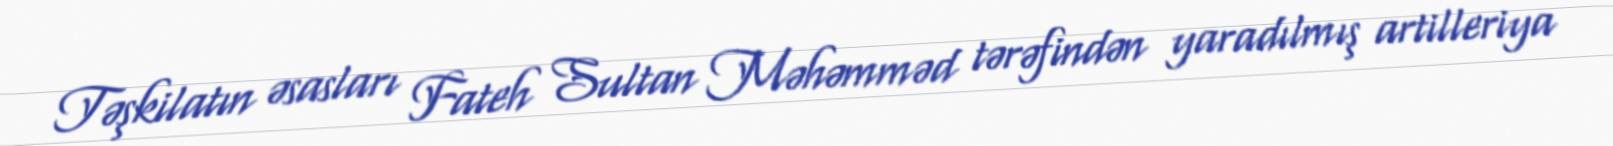
Təşkilatın əsasları Fateh Sultan Məhəmməd tərəfindən yaradılmış artilleriya